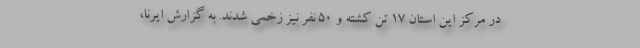
در مرکز این استان 17 تن کشته و 50 نفر نیز زخمی شدند. به گزارش ایرنا،